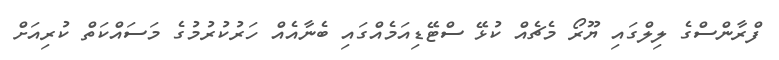
ފްރާންސްގެ ލިލްގައި ޔޫރޯ މެޗެއް ކުޅޭ ސްޓޭޑިއަމެއްގައި ބެނާއެއް ހަރުކުރުމުގެ މަސައްކަތް ކުރިއަށް